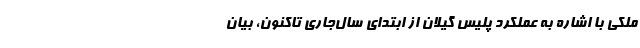
ملکی با اشاره به عملکرد پلیس گیلان از ابتدای سال‌جاری تاکنون، بیان